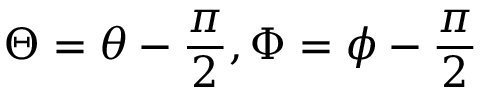
\Theta = \theta - \frac { \pi } { 2 } , \Phi = \phi - \frac { \pi } { 2 }